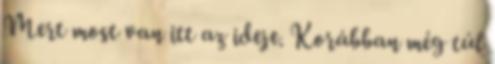
Mert most van itt az ideje. Korábban még túl